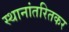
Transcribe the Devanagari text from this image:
स्थानांतरितकर